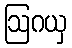
ဩဂယှ